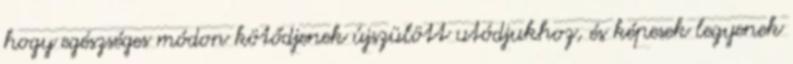
hogy egészséges módon kötődjenek újszülött utódjukhoz, és képesek legyenek